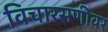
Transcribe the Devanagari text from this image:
विचारसणीवर